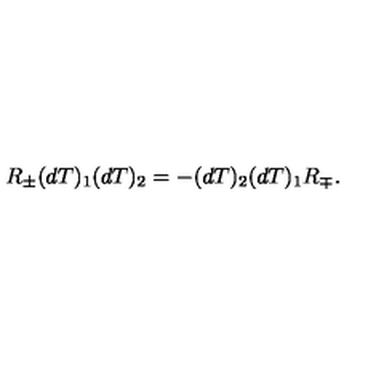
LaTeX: R _ { \pm } ( d T ) _ { 1 } ( d T ) _ { 2 } = - ( d T ) _ { 2 } ( d T ) _ { 1 } R _ { \mp } .